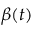
\beta ( t )